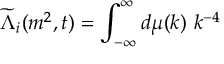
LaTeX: \widetilde { \Lambda } _ { i } ( m ^ { 2 } , t ) = \int _ { - \infty } ^ { \infty } d \mu ( k ) \, \, k ^ { - 4 }